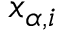
x _ { \alpha , i }